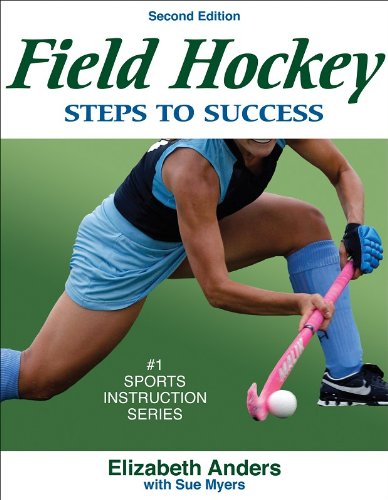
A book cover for Field Hockey: Steps to Success - 2nd Edition (Steps to Success Sports Series); Elizabeth Anders; Sports & Outdoors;